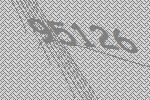
95126